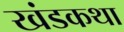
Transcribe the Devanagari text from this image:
खंडकथा